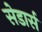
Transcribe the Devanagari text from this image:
सेडार्स